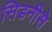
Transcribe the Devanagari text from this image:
सिडनीसे